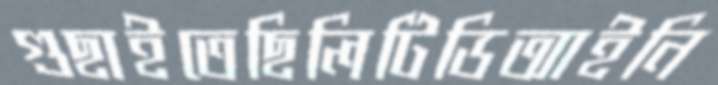
গুছাইতেছিলিটিডিআইনি